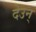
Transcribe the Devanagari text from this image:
देउन्